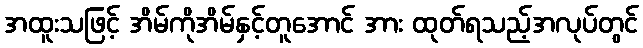
အထူးသဖြင့် အိမ်ကိုအိမ်နှင့်တူအောင် အား ထုတ်ရသည့်အလုပ်တွင်